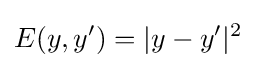
E(y,y')=|y-y'|^{2}